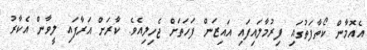
އެއޮމާން ކޯތާފަތުގައި ފިރުމާލައިފައި އައިޒަން ފަހަތަށް ޖެހިލިއެވެ. ކާރަށް އަރާފައި ލީވާން އެކާރު